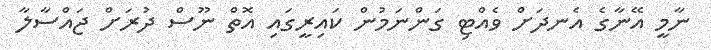
ނާމީ އޭނާގެ އެނދަށް ވެއްޓި ގަންނަމުން ކައިރީގައި އޮތް ނޫސް ދުރަށް ޖައްސާލާ